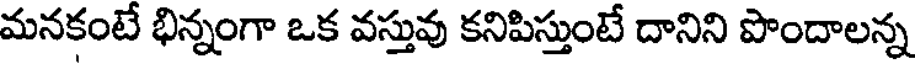
మనకంటే భిన్నంగా ఒక వస్తువు కనిపిస్తుంటే దానిని పొందాలన్న